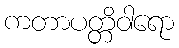
ကတာပတ္တိဝါရော